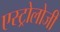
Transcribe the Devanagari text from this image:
एस्ट्रोलोजी